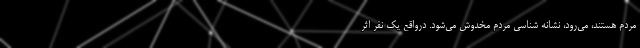
مردم هستند، می‌رود، نشانه شناسی مردم مخدوش می‌شود. درواقع یک نفر اثر